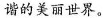
谐的美丽世界。